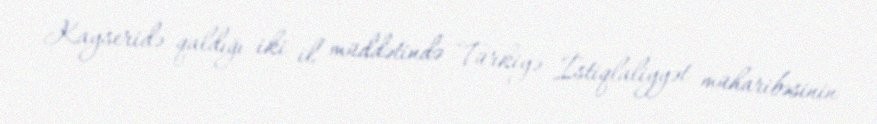
Kayseridə qaldığı iki il müddətində Türkiyə İstiqlaliyyət müharibəsinin